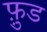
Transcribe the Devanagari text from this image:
फ़ु़ड